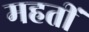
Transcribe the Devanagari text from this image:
महतीं